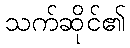
သက်ဆိုင်၏